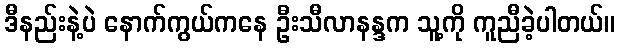
ဒီနည်းနဲ့ပဲ နောက်ကွယ်ကနေ ဦးသီလာနန္ဒက သူ့ကို ကူညီခဲ့ပါတယ်။